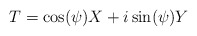
\begin{align*}T=\cos(\psi)X+i\sin(\psi)Y \end{align*}